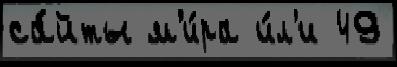
са́йты м'и́ра и́л'и 49